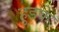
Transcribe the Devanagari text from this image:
हुडके